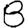
Digit: 8